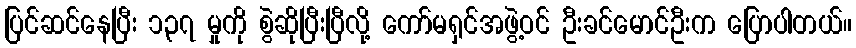
ပြင်ဆင်နေပြီး ၁၃၇ မှုကို စွဲဆိုပြီးပြီလို့ ကော်မရှင်အဖွဲ့ဝင် ဦးခင်မောင်ဦးက ပြောပါတယ်။